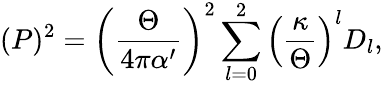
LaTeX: (P)^{2}=\left({\frac{\Theta}{4\pi\alpha^{\prime}}}\right)^{2}\sum_{l=0}^{2}\left(\frac{\kappa}{\Theta}\right)^{l}D_{l},